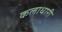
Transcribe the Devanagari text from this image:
कलाधारी